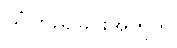
ယုံကြည်ခြင်းအတွက်